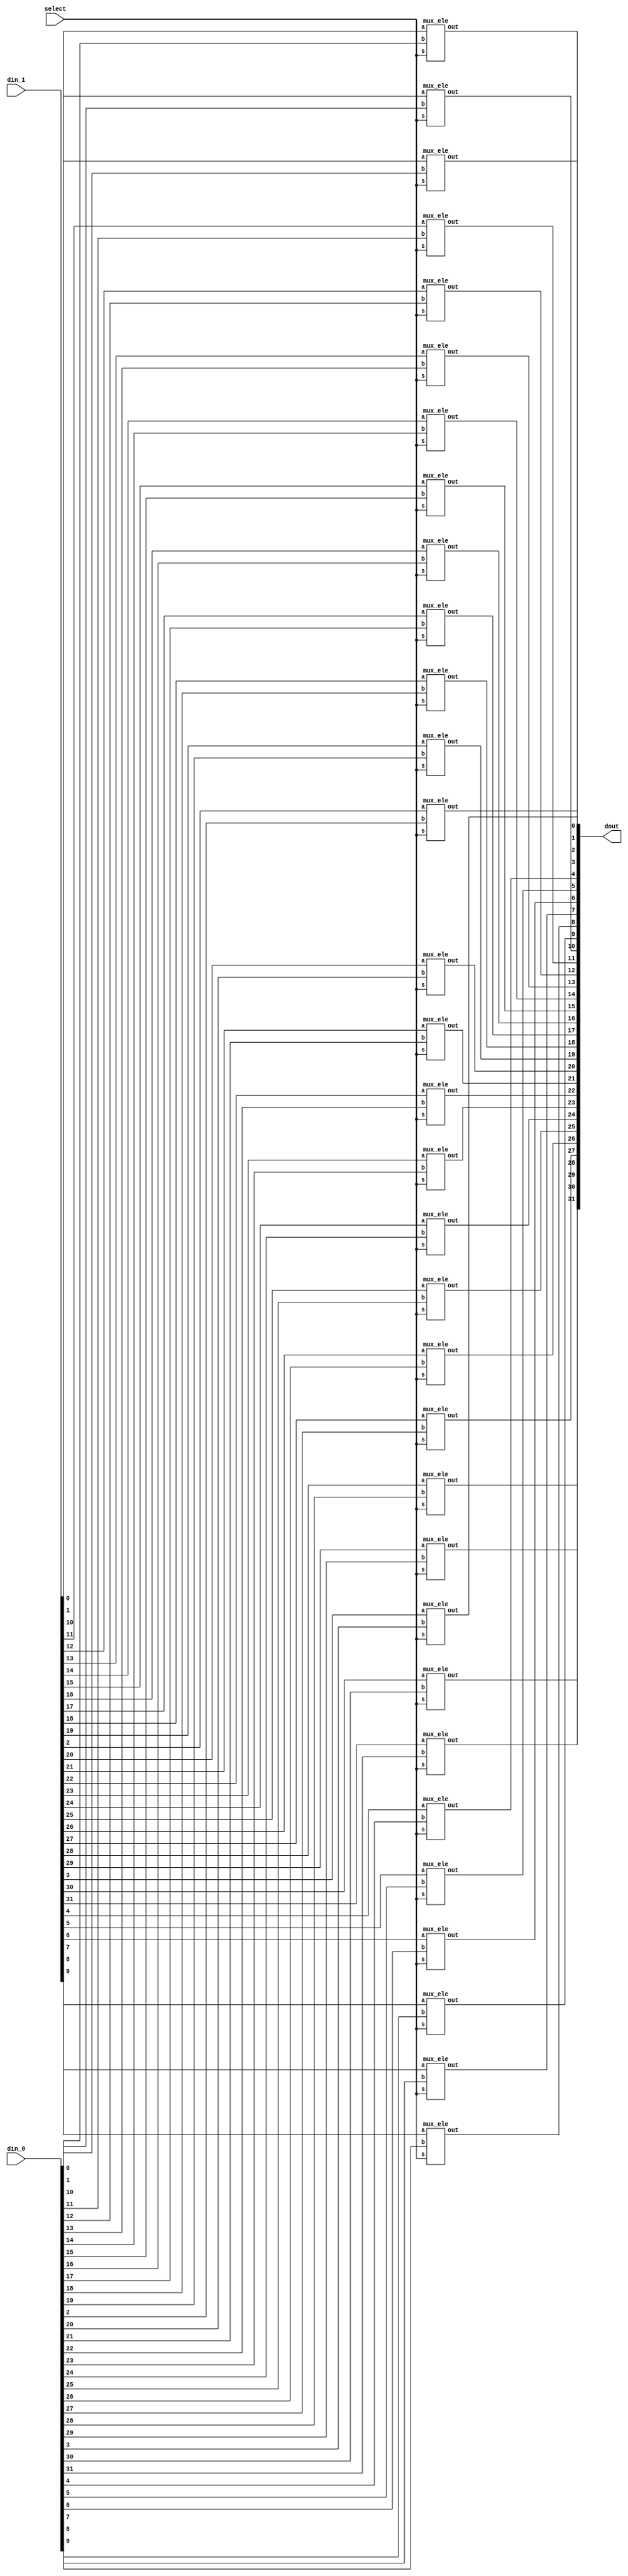
`timescale 1ns / 1ns
//////////////////////////////////////////////////////////////////////////////////
// Company: 
// Engineer: 
// 
// Design Name: 
// Module Name:    mux32 
// Project Name: 
// Target Devices: 
// Tool versions: 
// Description: 
//
// Dependencies: 
//
// Revision: 
// Revision 0.01 - File Created
// Additional Comments: 
//
//////////////////////////////////////////////////////////////////////////////////
module mux32(
    input [31:0] din_1,
    input [31:0] din_0,
    output [31:0] dout,
    input select
    );
	 
mux_ele M0(din_1[0],din_0[0],dout[0],select);
mux_ele M1(din_1[1],din_0[1],dout[1],select);
mux_ele M2(din_1[2],din_0[2],dout[2],select);
mux_ele M3(din_1[3],din_0[3],dout[3],select);
mux_ele M4(din_1[4],din_0[4],dout[4],select);
mux_ele M5(din_1[5],din_0[5],dout[5],select);
mux_ele M6(din_1[6],din_0[6],dout[6],select);
mux_ele M7(din_1[7],din_0[7],dout[7],select);
mux_ele M8(din_1[8],din_0[8],dout[8],select);
mux_ele M9(din_1[9],din_0[9],dout[9],select);
mux_ele M10(din_1[10],din_0[10],dout[10],select);
mux_ele M11(din_1[11],din_0[11],dout[11],select);
mux_ele M12(din_1[12],din_0[12],dout[12],select);
mux_ele M13(din_1[13],din_0[13],dout[13],select);
mux_ele M14(din_1[14],din_0[14],dout[14],select);
mux_ele M15(din_1[15],din_0[15],dout[15],select);
mux_ele M16(din_1[16],din_0[16],dout[16],select);
mux_ele M17(din_1[17],din_0[17],dout[17],select);
mux_ele M18(din_1[18],din_0[18],dout[18],select);
mux_ele M19(din_1[19],din_0[19],dout[19],select);
mux_ele M20(din_1[20],din_0[20],dout[20],select);
mux_ele M21(din_1[21],din_0[21],dout[21],select);
mux_ele M22(din_1[22],din_0[22],dout[22],select);
mux_ele M23(din_1[23],din_0[23],dout[23],select);
mux_ele M24(din_1[24],din_0[24],dout[24],select);
mux_ele M25(din_1[25],din_0[25],dout[25],select);
mux_ele M26(din_1[26],din_0[26],dout[26],select);
mux_ele M27(din_1[27],din_0[27],dout[27],select);
mux_ele M28(din_1[28],din_0[28],dout[28],select);
mux_ele M29(din_1[29],din_0[29],dout[29],select);
mux_ele M30(din_1[30],din_0[30],dout[30],select);
mux_ele M31(din_1[31],din_0[31],dout[31],select);

endmodule

module mux5(
    input [4:0] din_1,
    input [4:0] din_0,
    output [4:0] dout,
    input select
    );
	 
mux_ele M0(din_1[0],din_0[0],dout[0],select);
mux_ele M1(din_1[1],din_0[1],dout[1],select);
mux_ele M2(din_1[2],din_0[2],dout[2],select);
mux_ele M3(din_1[3],din_0[3],dout[3],select);
mux_ele M4(din_1[4],din_0[4],dout[4],select);

endmodule

module mux_ele(
    input a,
    input b,
    output out,
	 input s
    );
assign out = s? a:b;
endmodule